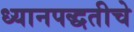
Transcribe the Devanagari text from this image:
ध्यानपद्धतीचे